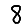
Digit: 8